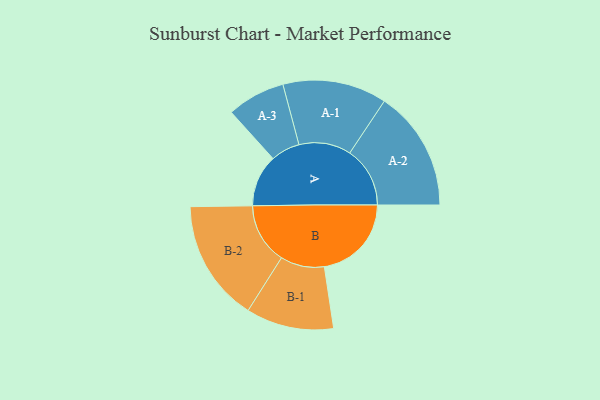
{"axis": {"x": "Segment", "y": "Value"}, "legend": ["", "A", "B"], "data": [{"x": "A", "y": 254, "type": ""}, {"x": "B", "y": 425, "type": ""}, {"x": "A-1", "y": 254, "type": "A"}, {"x": "A-2", "y": 294, "type": "A"}, {"x": "A-3", "y": 142, "type": "A"}, {"x": "B-1", "y": 214, "type": "B"}, {"x": "B-2", "y": 297, "type": "B"}]}